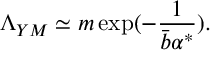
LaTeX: \Lambda _ { Y M } \simeq m \exp ( - \frac { 1 } { \bar { b } \alpha ^ { * } } ) .